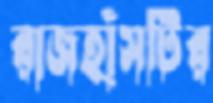
রাজহাঁসটির